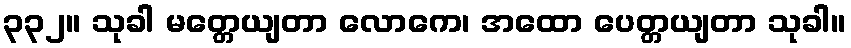
၃၃၂။ သုခါ မတ္တေယျတာ လောကေ၊ အထော ပေတ္တယျတာ သုခါ။